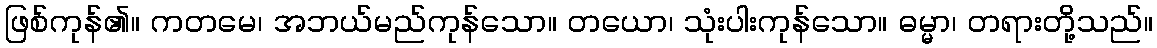
ဖြစ်ကုန်၏။ ကတမေ၊ အဘယ်မည်ကုန်သော။ တယော၊ သုံးပါးကုန်သော။ ဓမ္မာ၊ တရားတို့သည်။